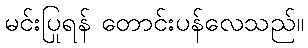
မင်းပြုရန် တောင်းပန်လေသည်။